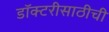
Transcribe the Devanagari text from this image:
डॉक्टरीसाठीची